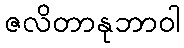
ဇလိတာနုဘာဝါ